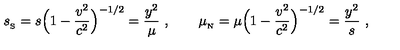
{ s _ { _ \mathrm { S } } } = s \Big ( 1 - { \frac { { v } ^ { 2 } } { c ^ { 2 } } } \Big ) ^ { - 1 / 2 } = { \frac { y ^ { 2 } } { \mu } } \ , \qquad { \mu _ { _ \mathrm { N } } } = \mu \Big ( 1 - { \frac { { v } ^ { 2 } } { c ^ { 2 } } } \Big ) ^ { - 1 / 2 } = { \frac { y ^ { 2 } } { s } } \ ,